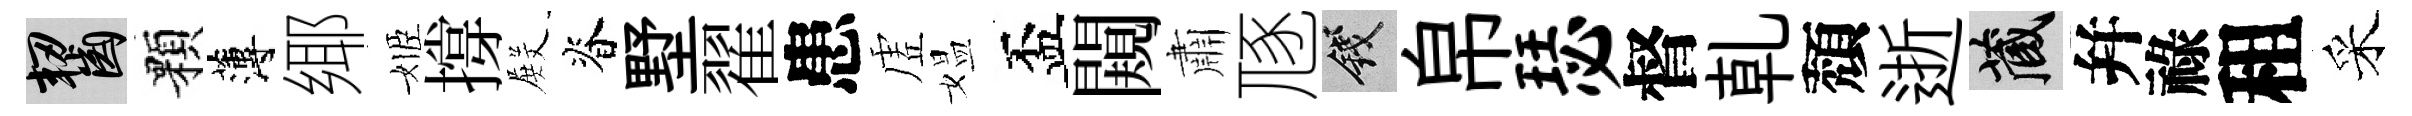
齧顆薄鄊姬撐𭮺脊墅翟患虗媪盃闚肅豗錢帛瑟督乹頽逝藏幷祿租采